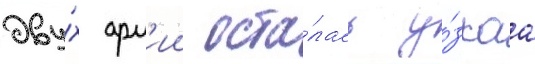
дву́х арм'ии оста́лась у́зкаа